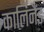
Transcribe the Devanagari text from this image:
कार्लिनैंड